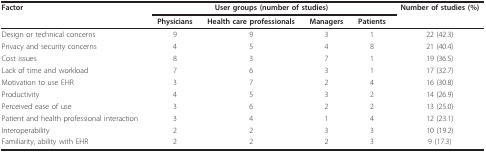
<table><thead><tr><td><b>Factor</b></td><td colspan="4"><b>User groups (number of studies)</b></td><td><b>Number of studies (%)</b></td></tr><tr><td></td><td><b>Physicians</b></td><td><b>Health care professionals</b></td><td><b>Managers</b></td><td><b>Patients</b></td><td></td></tr></thead><tbody><tr><td>Design or technical concerns</td><td>9</td><td>9</td><td>3</td><td>1</td><td>22 (42.3)</td></tr><tr><td>Privacy and security concerns</td><td>4</td><td>5</td><td>4</td><td>8</td><td>21 (40.4)</td></tr><tr><td>Cost issues</td><td>8</td><td>3</td><td>7</td><td>1</td><td>19 (36.5)</td></tr><tr><td>Lack of time and workload</td><td>7</td><td>6</td><td>3</td><td>1</td><td>17 (32.7)</td></tr><tr><td>Motivation to use EHR</td><td>3</td><td>7</td><td>2</td><td>4</td><td>16 (30.8)</td></tr><tr><td>Productivity</td><td>4</td><td>5</td><td>3</td><td>2</td><td>14 (26.9)</td></tr><tr><td>Perceived ease of use</td><td>3</td><td>6</td><td>2</td><td>2</td><td>13 (25.0)</td></tr><tr><td>Patient and health professional interaction</td><td>3</td><td>4</td><td>1</td><td>4</td><td>12 (23.1)</td></tr><tr><td>Interoperability</td><td>2</td><td>2</td><td>3</td><td>3</td><td>10 (19.2)</td></tr><tr><td>Familiarity, ability with EHR</td><td>2</td><td>2</td><td>2</td><td>3</td><td>9 (17.3)</td></tr></tbody></table>